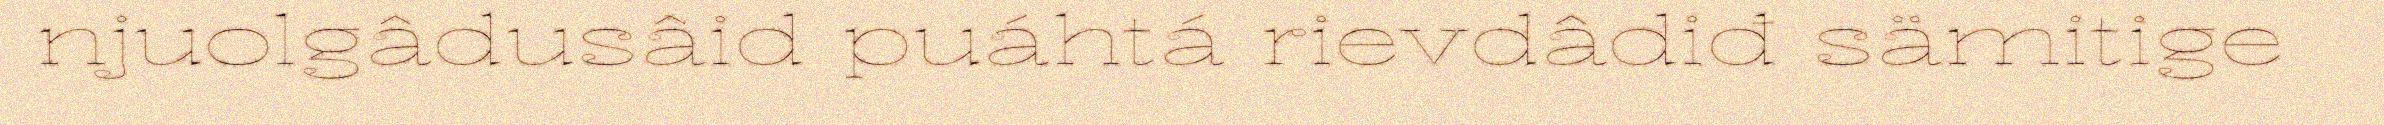
njuolgâdusâid puáhtá rievdâdiđ sämitige